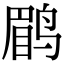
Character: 鹛